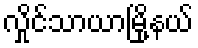
လှိုင်သာယာမြို့နယ်